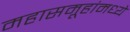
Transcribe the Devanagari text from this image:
महासमूहांमध्ये